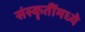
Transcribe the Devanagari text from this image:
संस्कॄतींमध्ये